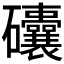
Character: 𥗾